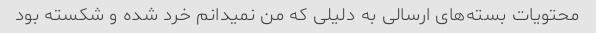
محتویات بسته‌های ارسالی به دلیلی که من نمیدانم خرد شده و شکسته بود